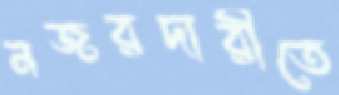
নজরদারীতে